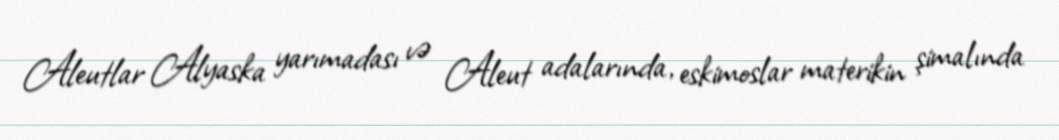
Aleutlar Alyaska yarımadası və Aleut adalarında, eskimoslar materikin şimalında